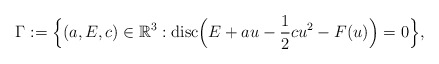
\begin{align*}\Gamma:=\Big\{(a,E,c)\in\mathbb{R}^3:\textrm{disc}\Big(E+au-\frac{1}{2}cu^2-F(u)\Big)=0\Big\},\end{align*}